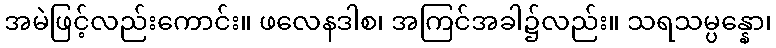
အမဲဖြင့်လည်းကောင်း။ ဖလေနဒါစ၊ အကြင်အခါ၌လည်း။ သရသမ္ပန္နော၊